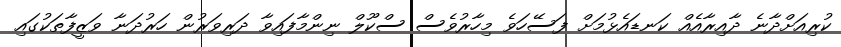
ކުރިއަށްދާނެ ދާއިރާއެއް ކަނޑައެޅުމަށް ފަސޭހަވެ މިހާރުވެސް ސްކޫލް ނިންމާފައިވާ ދަރިވަރުން ހަރުދަނާ ވަޒީފާތަކުގައި